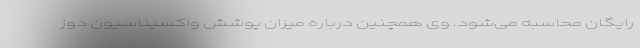
رایگان محاسبه می‌شود. وی همچنین درباره میزان پوشش واکسیناسیون دوز